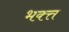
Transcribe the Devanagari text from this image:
भक्त्त